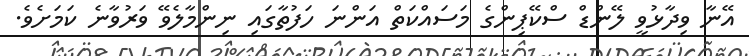
އޭނާ ވިދާޅުވީ ލޭންޑް ސްކޭޕިންގެ މަސައްކަތް އަންނަ ހަފުތާގައި ނިންމާލެވޭ ވަރުވާނެ ކަމަށެވެ.